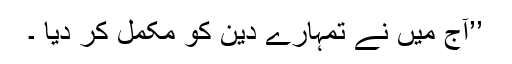
’’آج میں نے تمہارے دین کو مکمل کر دیا ۔